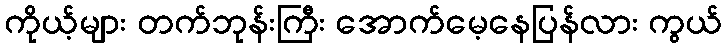
ကိုယ့်များ တက်ဘုန်းကြီး အောက်မေ့နေပြန်လား ကွယ်